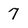
Character: 7